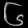
Digit: ၆